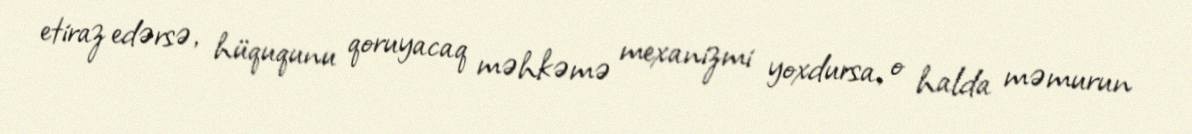
etiraz edərsə, hüququnu qoruyacaq məhkəmə mexanizmi yoxdursa, o halda məmurun